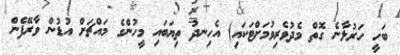
ބަހީ ހަރުލާނެ ގޮތް މެދުވެރިވުމަށްޓަކައި) އެހިނދު ތިޔަބައި މީހުންގެ މައްޗަށް އުޑުން ވާރޭފެން